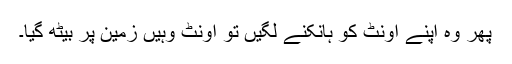
پھر وہ اپنے اونٹ کو ہانکنے لگیں تو اونٹ وہیں زمین پر بیٹھ گیا۔